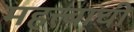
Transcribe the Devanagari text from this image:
महत्त्बाची